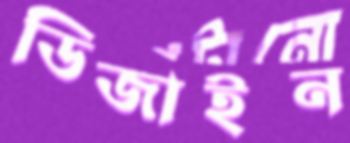
ডিজাইন